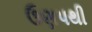
ઉણપથી